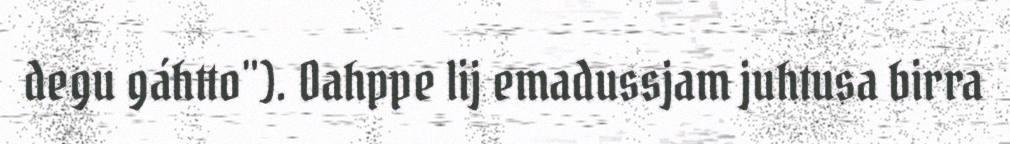
degu gáhtto"). Oahppe lij emadussjam juhtusa birra